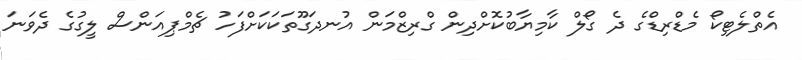
އެތްލެޓިކޯ މެޑްރިޑްގެ ދެ ގޯލް ކާމިޔާބުކޮށްދިން ގްރިޒްމަން އުނދަގޫތަކަކަށްފަހު ޗެމްޕިއަންސް ލީގުގެ ދެވަނަ